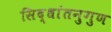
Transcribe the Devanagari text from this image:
सिद्धांतनुगुण